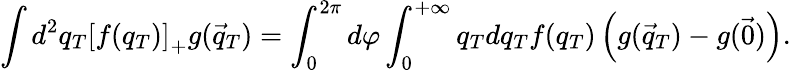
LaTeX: \int d^{2}q_{T}\left[f(q_{T})\right]_{+}g(\vec{q}_{T})=\int_{0}^{2\pi}d\varphi\int_{0}^{+\infty}q_{T}dq_{T}f(q_{T})\left(g(\vec{q}_{T})-g(\vec{0})\right).